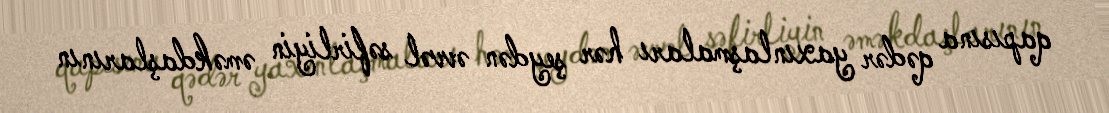
qapısına qədər yaxınlaşmaları hər şeydən əvvəl səfirliyin əməkdaşlarının